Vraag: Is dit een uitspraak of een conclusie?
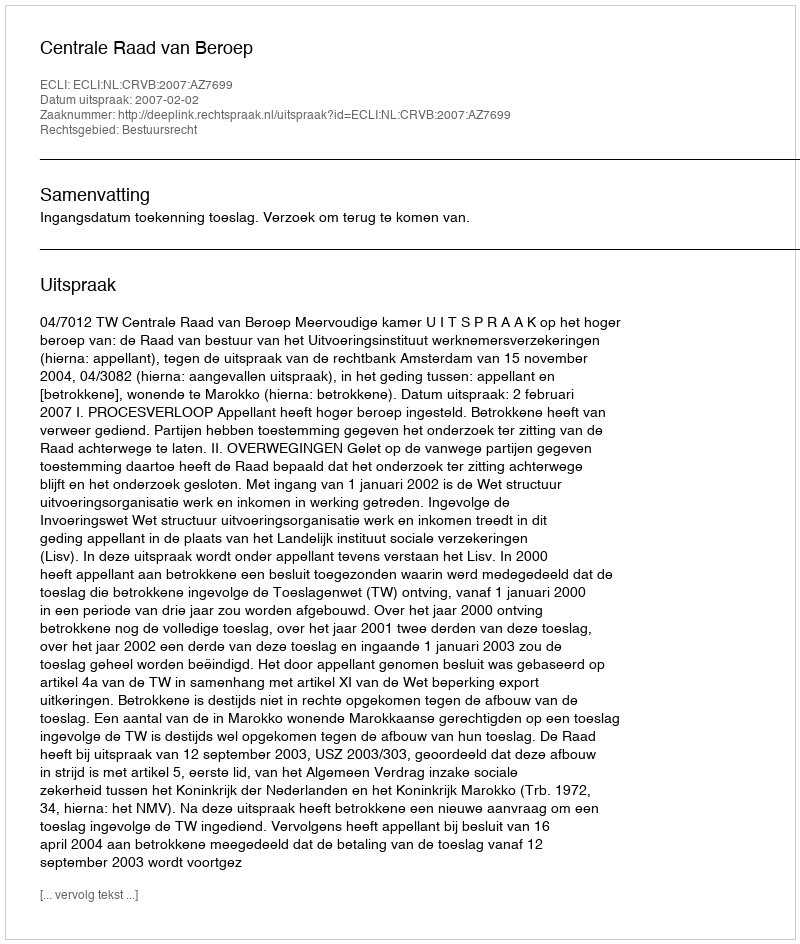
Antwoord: Uitspraak